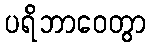
ပရိဘာဝေတွာ